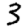
Digit: 3